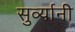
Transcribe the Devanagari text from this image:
सुर्व्यानी